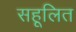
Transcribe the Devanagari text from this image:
सहूलित